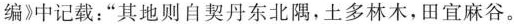
编》中记载：”其地则自契丹东北隅，土多林木，田宜麻谷。